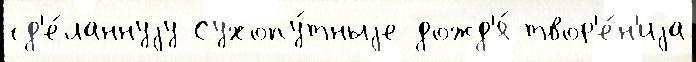
сд'е́ланнуjу Сухопу́тныjе дожд'я́ твор'е́н'иjа